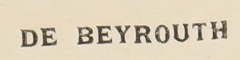
DE BEYROUTH